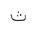
Letter: _tha